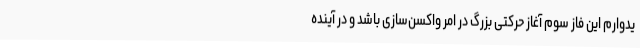
یدوارم این فاز سوم آغاز حرکتی بزرگ در امر واکسن‌سازی باشد و در آینده